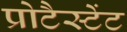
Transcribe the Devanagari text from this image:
प्रोटैस्टेंट